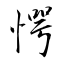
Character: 愕